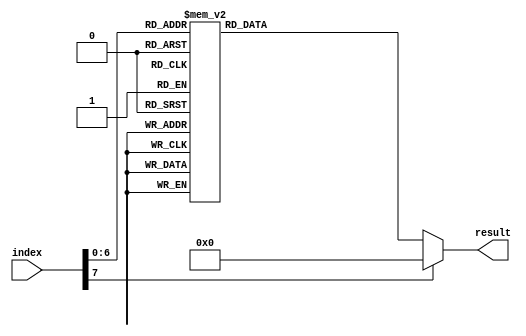
module CHR_ASCII_8X8(
	input[7:0] index,
	output[63:0] result
	);

	reg[63:0] r_result;
	assign result = r_result;


	always @(*) begin
		case(index)
			8'h20 : result <= 1111111111111111111111111111111111111111111111111111111111111111;
			8'h21 : result <= 1110111111101111111011111110111111111111111011111111111111111111;
			8'h22 : result <= 1100111111001111111111111111111111111111111111111111111111111111;
			8'h23 : result <= 1110101111000011111010111100001111010111110101111111111111111111;
			8'h24 : result <= 1100001110101111110011111110001110101011110001111110111111111111;
			8'h25 : result <= 1011011101001111101011111110011111001011110101111111111111111111;
			8'h26 : result <= 1100011111010111111011111000101110110111110000111111111111111111;
			8'h27 : result <= 1110111111101111111111111111111111111111111111111111111111111111;
			8'h28 : result <= 1111101111110111111011111110111111101111111011111111011111111011;
			8'h29 : result <= 1011111111011111111011111110111111101111111011111101111110111111;
			8'h2A : result <= 1110111111001111111111111111111111111111111111111111111111111111;
			8'h2B : result <= 1111111111101111111011111000001111101111111011111111111111111111;
			8'h2C : result <= 1111111111111111111111111111111111111111111101111111011111111111;
			8'h2D : result <= 1111111111111111111111111100011111111111111111111111111111111111;
			8'h2E : result <= 1111111111111111111111111111111111111111111101111111111111111111;
			8'h2F : result <= 1111011111101111111011111110111111011111110111111111111111111111;
			8'h30 : result <= 1100001111011011110110111101101111011011110000111111111111111111;
			8'h31 : result <= 1111011111100111111101111111011111110111111101111111111111111111;
			8'h32 : result <= 1100011110110111111101111110111111011111100001111111111111111111;
			8'h33 : result <= 1100001111111011111100111111101111011011111001111111111111111111;
			8'h34 : result <= 1111011111110111111001111110011111100011111101111111111111111111;
			8'h35 : result <= 1110001111011111110001111111101111011011111001111111111111111111;
			8'h36 : result <= 1110001111011111110001111101101111011011111001111111111111111111;
			8'h37 : result <= 1100011111110111111011111110111111101111111011111111111111111111;
			8'h38 : result <= 1100001111011011111001111101101111011011111001111111111111111111;
			8'h39 : result <= 1110011111011011110110111110001111111011110001111111111111111111;
			8'h3A : result <= 1111111111110111111111111111111111111111111101111111111111111111;
			8'h3B : result <= 1111111111110111111111111111111111111111111101111111011111111111;
			8'h3C : result <= 1111111111111111111001111001111111000111111111111111111111111111;
			8'h3D : result <= 1111111111111111100001111000011111111111111111111111111111111111;
			8'h3E : result <= 1111111111111111100111111110011110001111111111111111111111111111;
			8'h3F : result <= 1100001111111011111001111110111111111111111011111111111111111111;
			8'h40 : result <= 1100001110010001001001010010110100101001000000111011110111000011;
			8'h41 : result <= 1110111111010111110101111100011110111011101110111111111111111111;
			8'h42 : result <= 1100011111010111110001111101011111010111110001111111111111111111;
			8'h43 : result <= 1100011110111011101111111011111110111011110001111111111111111111;
			8'h44 : result <= 1100011111011011110110111101101111011011110001111111111111111111;
			8'h45 : result <= 1100001111011111110000111101111111011111110000111111111111111111;
			8'h46 : result <= 1100011111011111110001111101111111011111110111111111111111111111;
			8'h47 : result <= 1100011110111011101111111011001110111011110001111111111111111111;
			8'h48 : result <= 1101101111011011110000111101101111011011110110111111111111111111;
			8'h49 : result <= 1111011111110111111101111111011111110111111101111111111111111111;
			8'h4A : result <= 1110111111101111111011111110111110101111100011111111111111111111;
			8'h4B : result <= 1101110111011011110101111100011111011011110111011111111111111111;
			8'h4C : result <= 1110111111101111111011111110111111101111111000111111111111111111;
			8'h4D : result <= 1001001110010011100100111001001110010011101010111111111111111111;
			8'h4E : result <= 1101101111001011110010111101001111010011110110111111111111111111;
			8'h4F : result <= 1100011110111011101110111011101110111011110001111111111111111111;
			8'h50 : result <= 1100011111010111110101111100011111011111110111111111111111111111;
			8'h51 : result <= 1100011110111011101110111011101110100111110000111111111111111111;
			8'h52 : result <= 1100001111011011110000111101011111011011110110111111111111111111;
			8'h53 : result <= 1100011110111011100111111110001110111011110001111111111111111111;
			8'h54 : result <= 1000001111101111111011111110111111101111111011111111111111111111;
			8'h55 : result <= 1101101111011011110110111101101111011011111001111111111111111111;
			8'h56 : result <= 0111011101110111101011111010111110101111110111111111111111111111;
			8'h57 : result <= 0110110101010101010101010101010101010101101110111111111111111111;
			8'h58 : result <= 1011101111010111111011111110111111010111101110111111111111111111;
			8'h59 : result <= 1011101111010111110101111110111111101111111011111111111111111111;
			8'h5A : result <= 1000001111110111111011111101111110111111100000111111111111111111;
			8'h5B : result <= 1110011111101111111011111110111111101111111011111110111111100111;
			8'h5C : result <= 1101111111101111111011111110111111110111111101111111111111111111;
			8'h5D : result <= 1001111111011111110111111101111111011111110111111101111110011111;
			8'h5E : result <= 1110111111010111110101111111111111111111111111111111111111111111;
			8'h5F : result <= 1111111111111111111111111111111111111111111111111111111111000011;
			8'h60 : result <= 1100111111111111111111111111111111111111111111111111111111111111;
			8'h61 : result <= 1111111111000011111110111110001111011011110000111111111111111111;
			8'h62 : result <= 1101111111000111110110111101101111011011110001111111111111111111;
			8'h63 : result <= 1111111111100111110110111101111111011011111001111111111111111111;
			8'h64 : result <= 1111101111100011110110111101101111011011111000111111111111111111;
			8'h65 : result <= 1111111111101111110101111100011111011111111001111111111111111111;
			8'h66 : result <= 1111011111000111111011111110111111101111111011111111111111111111;
			8'h67 : result <= 1111111111000111101101111011011110110111110001111111011110001111;
			8'h68 : result <= 1110111111101111111001111110011111100111111001111111111111111111;
			8'h69 : result <= 1111011111110111111101111111011111110111111101111111111111111111;
			8'h6A : result <= 1101111111011111110111111101111111011111110111111101111110111111;
			8'h6B : result <= 1101111111010111110011111100111111010111110101111111111111111111;
			8'h6C : result <= 1111011111110111111101111111011111110111111101111111111111111111;
			8'h6D : result <= 1111111110000111101010111010101110101011101010111111111111111111;
			8'h6E : result <= 1111111111101111111001111110011111100111111001111111111111111111;
			8'h6F : result <= 1111111111100111110110111101101111011011111001111111111111111111;
			8'h70 : result <= 1111111111000111110110111101101111011011110001111101111111011111;
			8'h71 : result <= 1111111111000111101101111011011110110111110001111111011111110111;
			8'h72 : result <= 1111111111100111111011111110111111101111111011111111111111111111;
			8'h73 : result <= 1111111111100111110011111110111111010111110011111111111111111111;
			8'h74 : result <= 1110111111000111111011111110111111101111111001111111111111111111;
			8'h75 : result <= 1111111111100111111001111110011111100111111101111111111111111111;
			8'h76 : result <= 1111111111010111110101111101011111010111110001111111111111111111;
			8'h77 : result <= 1111111110101011100010111000101110001011110101111111111111111111;
			8'h78 : result <= 1111111111010111111011111110111111101111110101111111111111111111;
			8'h79 : result <= 1111111101110111101011111010111110101111110111111101111111011111;
			8'h7A : result <= 1111111111000011111101111110111111101111110000111111111111111111;
			8'h7B : result <= 1110011111101111111011111101111111101111111011111110111111100111;
			8'h7C : result <= 1110111111101111111011111110111111101111111011111110111111101111;
			8'h7D : result <= 1100111111101111111011111111011111101111111011111110111111001111;
			8'h7E : result <= 1111111111111111111111111001111111100111111111111111111111111111;
			default : result <= 64'd0;
		endcase
	end
endmodule